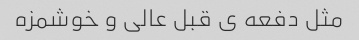
مثل دفعه ى قبل عالى و خوشمزه